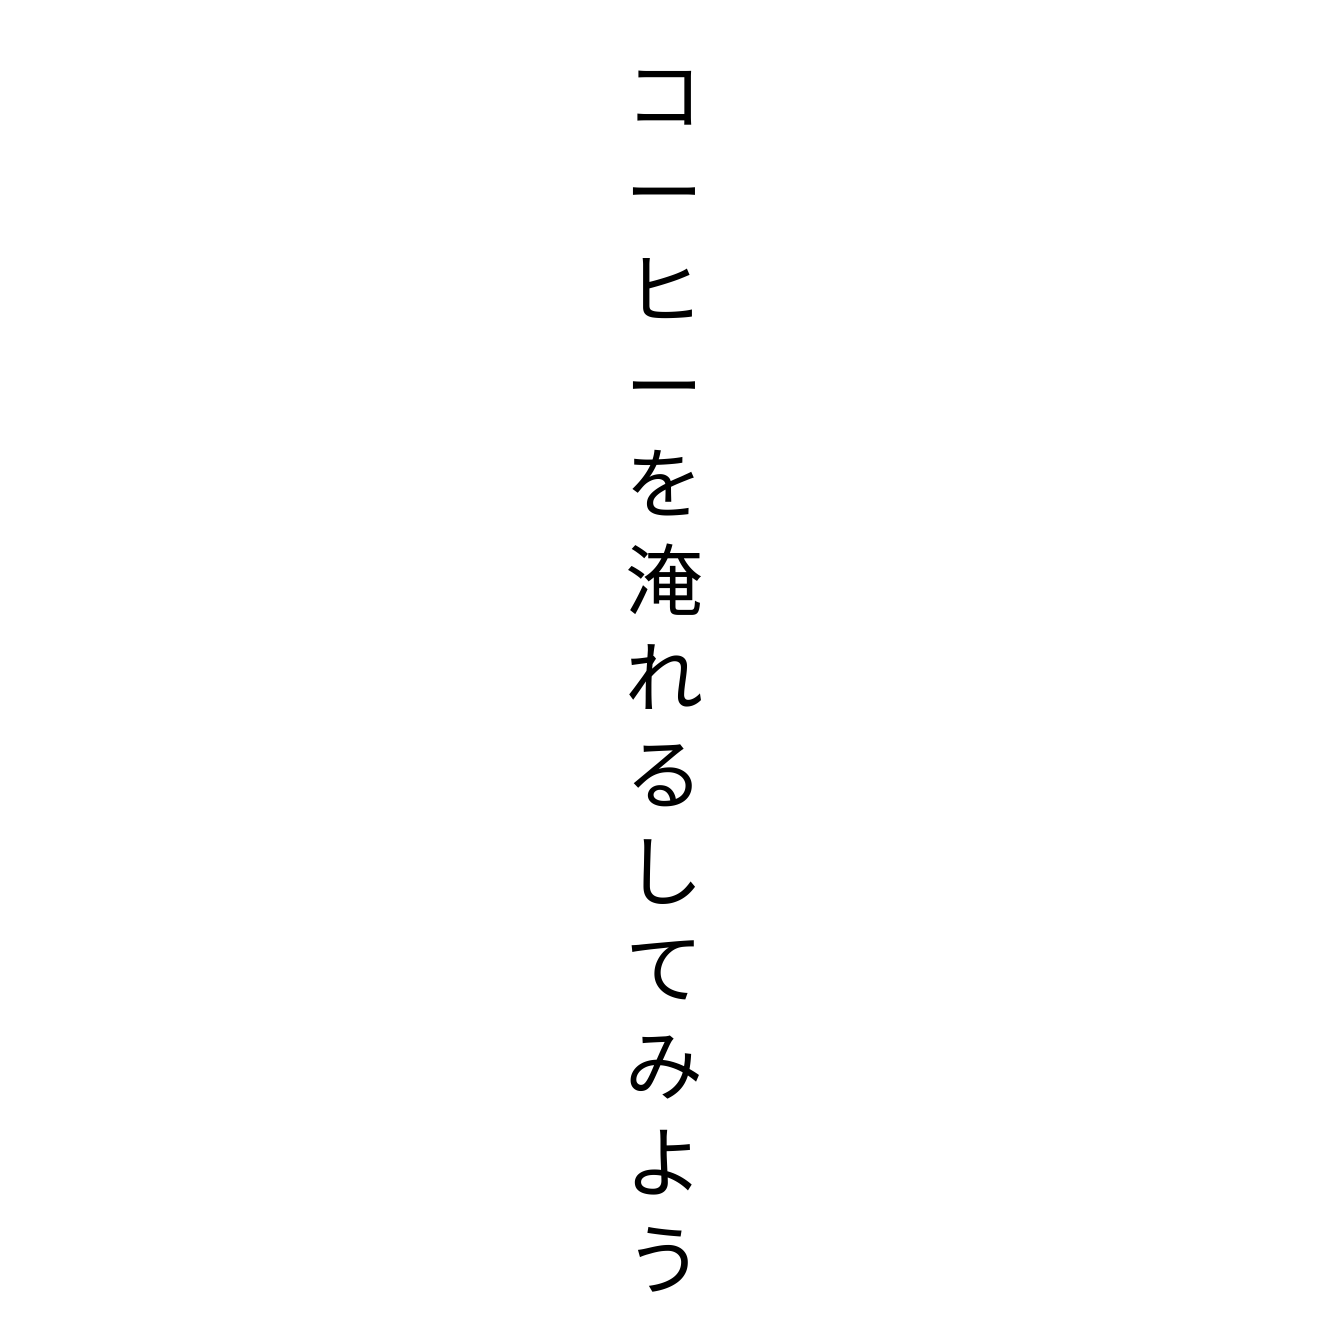
コーヒーを淹れるしてみよう